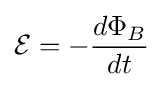
{\mathcal {E}}=-{\frac {d\Phi _{B}}{dt}}